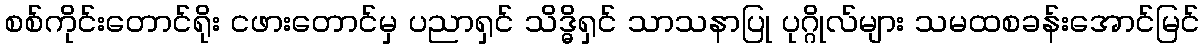
စစ်ကိုင်းတောင်ရိုး ငဖားတောင်မှ ပညာရှင် သိဒ္ဓိရှင် သာသနာပြု ပုဂ္ဂိုလ်များ သမထစခန်းအောင်မြင်